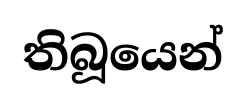
තිබූයෙන්